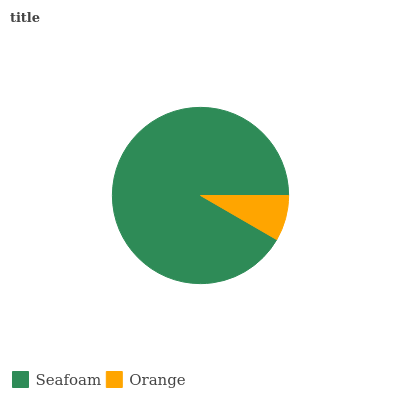
| Seafoam | Orange |
 | --- | --- |
 | 91.6% | 8.35% |